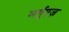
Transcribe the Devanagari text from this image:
मर्गुएज़